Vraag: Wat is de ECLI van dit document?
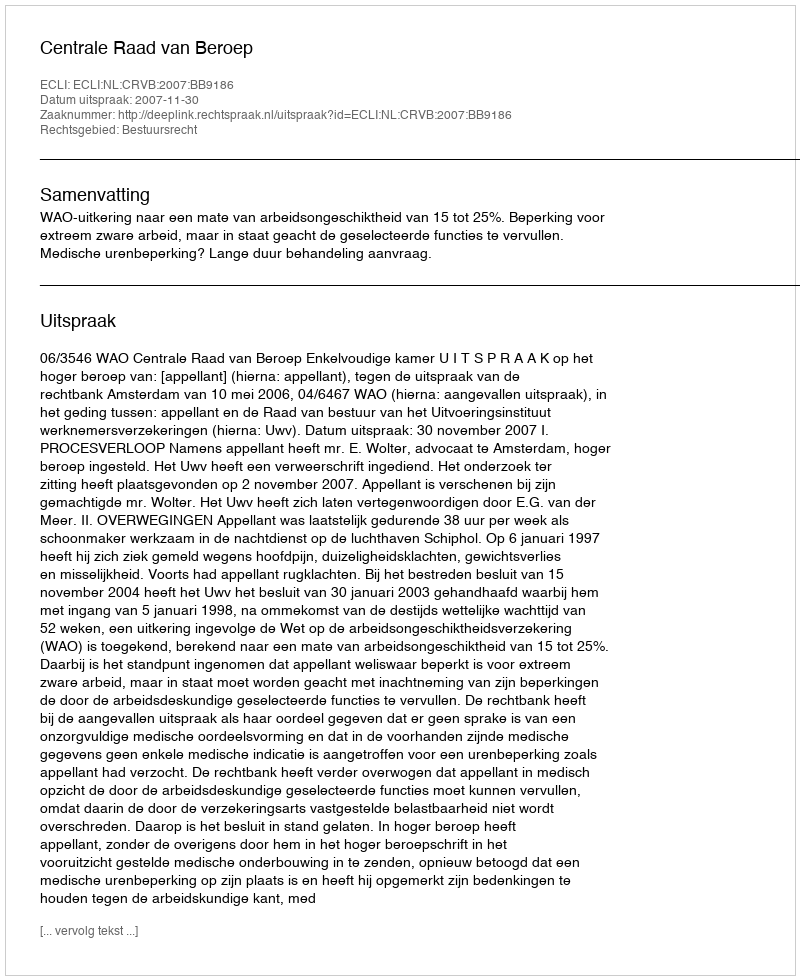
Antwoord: ECLI:NL:CRVB:2007:BB9186